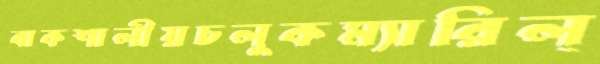
বাকশালীয়চলুকম্যারিল্